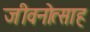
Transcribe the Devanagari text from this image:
जीवनोत्साह